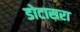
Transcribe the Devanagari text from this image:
डोटासरा